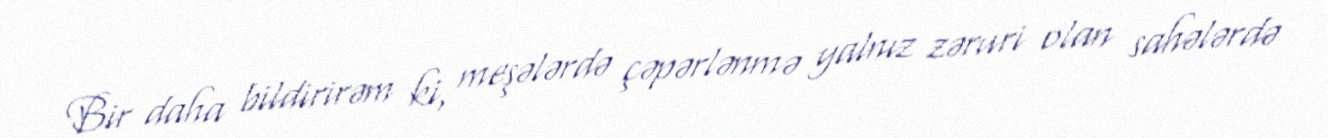
Bir daha bildirirəm ki, meşələrdə çəpərlənmə yalnız zəruri olan sahələrdə